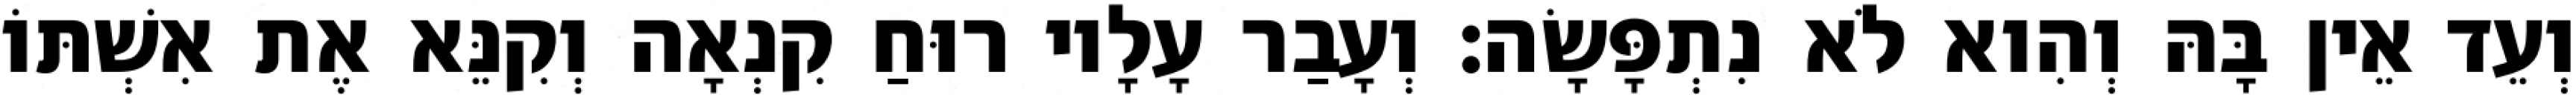
וְעֵד אֵין בָּהּ וְהִוא לֹא נִתְפָּשָׂה׃ וְעָבַר עָלָיו רוּחַ קִנְאָה וְקִנֵּא אֶת אִשְׁתּוֹ